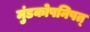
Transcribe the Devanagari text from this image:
मुंडकोपनिषत्